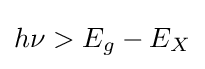
h\nu >E_{g}-E_{X}